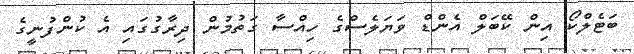
ބަޓެލްކޯ އިން ކޭބަލް އެންޑް ވަޔަލެސްގެ ހިއްސާ ގަތުމުން ދިރާގުގައި އެ ކުންފުނީގެ